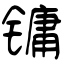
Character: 镛